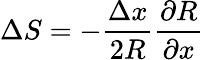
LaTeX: \Delta S=-\frac{\Delta x}{2R}\frac{\partial R}{\partial x}